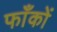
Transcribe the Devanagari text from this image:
फाँकों